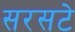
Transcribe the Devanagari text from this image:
सरसटे